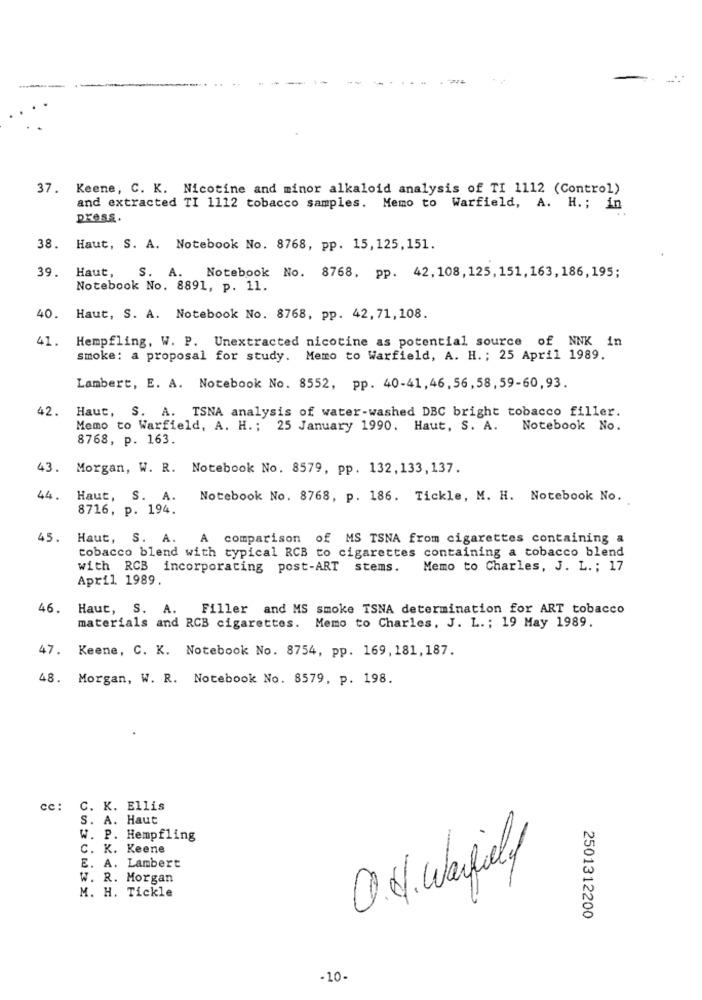
37. Keene, C. K. Nicotine and minor alkaloid analysis of TI 1112 (Control)
and extracted TI 1112 tobacco samples. Memo to Warfield, A. H .; in
press.
38. Haut, S. A. Notebook No. 8768, pp. 15, 125, 151.
39.
Haut, S.
A. Notebook No. 8768, pp. 42, 108, 125, 151, 163, 186, 195;
Notebook No. 8891, p. 11.
40. Haut, S. A. Notebook No. 8768, pp. 42, 71, 108.
41.
Hempfling, W. P. Unextracted nicotine as potential source of NNK in
smoke: a proposal for study. Memo to Warfield, A. H. ; 25 April 1989.
Lambert, E. A. Notebook No. 8552, pp. 40-41, 46, 56, 58, 59-60, 93.
42.
Haut, S. A. TSNA analysis of water-washed DBC bright tobacco filler.
Memo to Warfield, A. H .; 25 January 1990. Haut, S. A. Notebook No.
8768, p. 163.
43. Morgan, W. R. Notebook No. 8579, pp. 132,133, 137.
44.
Haut, S. A.
Notebook No. 8768, p. 186. Tickle, M. H. Notebook No.
8716, p. 194.
45. Haut, S. A.
A
comparison of MS TSNA from cigarettes containing a
tobacco blend with typical RCB to cigarettes containing a tobacco blend
with RCB incorporating post-ART stems.
Memo to Charles, J. L .; 17
April 1989.
46. Haut, S. A. Filler and MS smoke TSNA determination for ART tobacco
materials and RCB cigarettes. Memo to Charles, J. L .; 19 May 1989.
47. Keene, C. K. Notebook No. 8754, pp. 169, 181,187.
48. Morgan, W. R. Notebook No. 8579, p. 198.
cc: C. K. Ellis
S. A. Haut
W. P. Hempfling
C. K. Keene
E. A. Lambert
0.4. Waily
W. R. Morgan
M. H. Tickle
2501312200
-10-